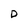
Character: D